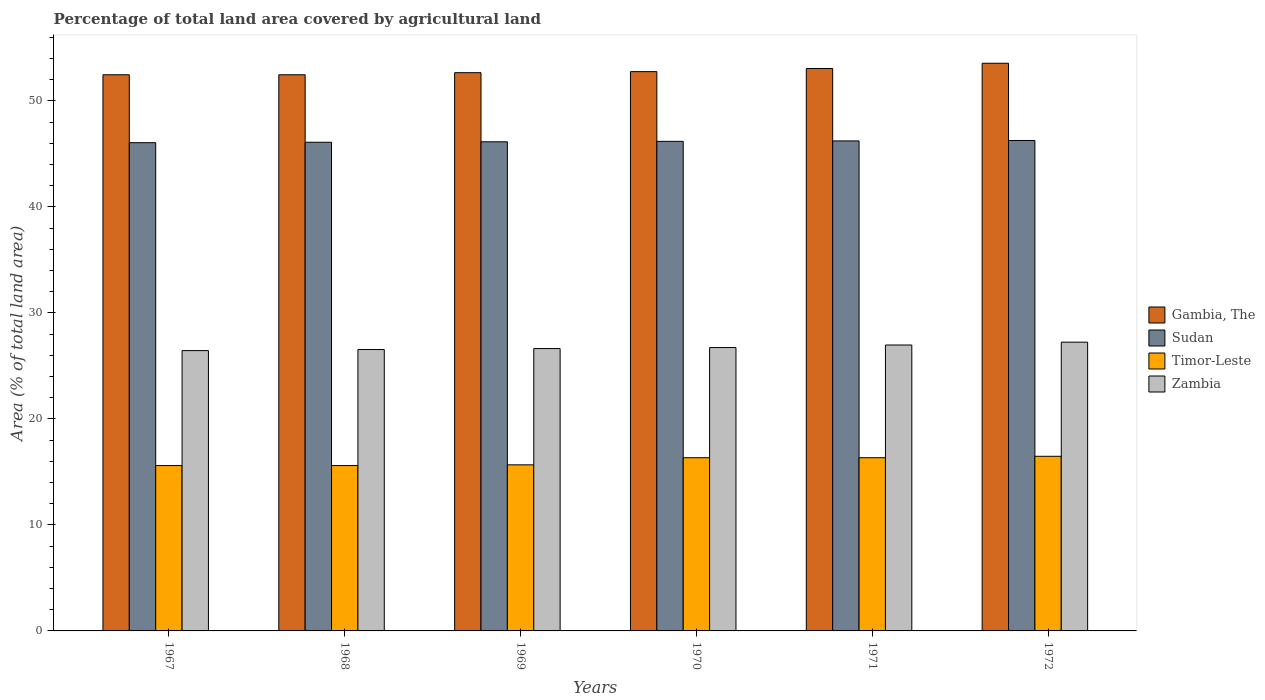
| Years | Gambia, The | Sudan | Timor-Leste | Zambia |
 | --- | --- | --- | --- | --- |
 | 1967 | 52.5 | 46.1 | 15.6 | 26.4 |
 | 1968 | 52.5 | 46.1 | 15.6 | 26.5 |
 | 1969 | 52.7 | 46.1 | 15.7 | 26.6 |
 | 1970 | 52.8 | 46.2 | 16.3 | 26.7 |
 | 1971 | 53.1 | 46.2 | 16.3 | 27 |
 | 1972 | 53.6 | 46.3 | 16.5 | 27.2 |